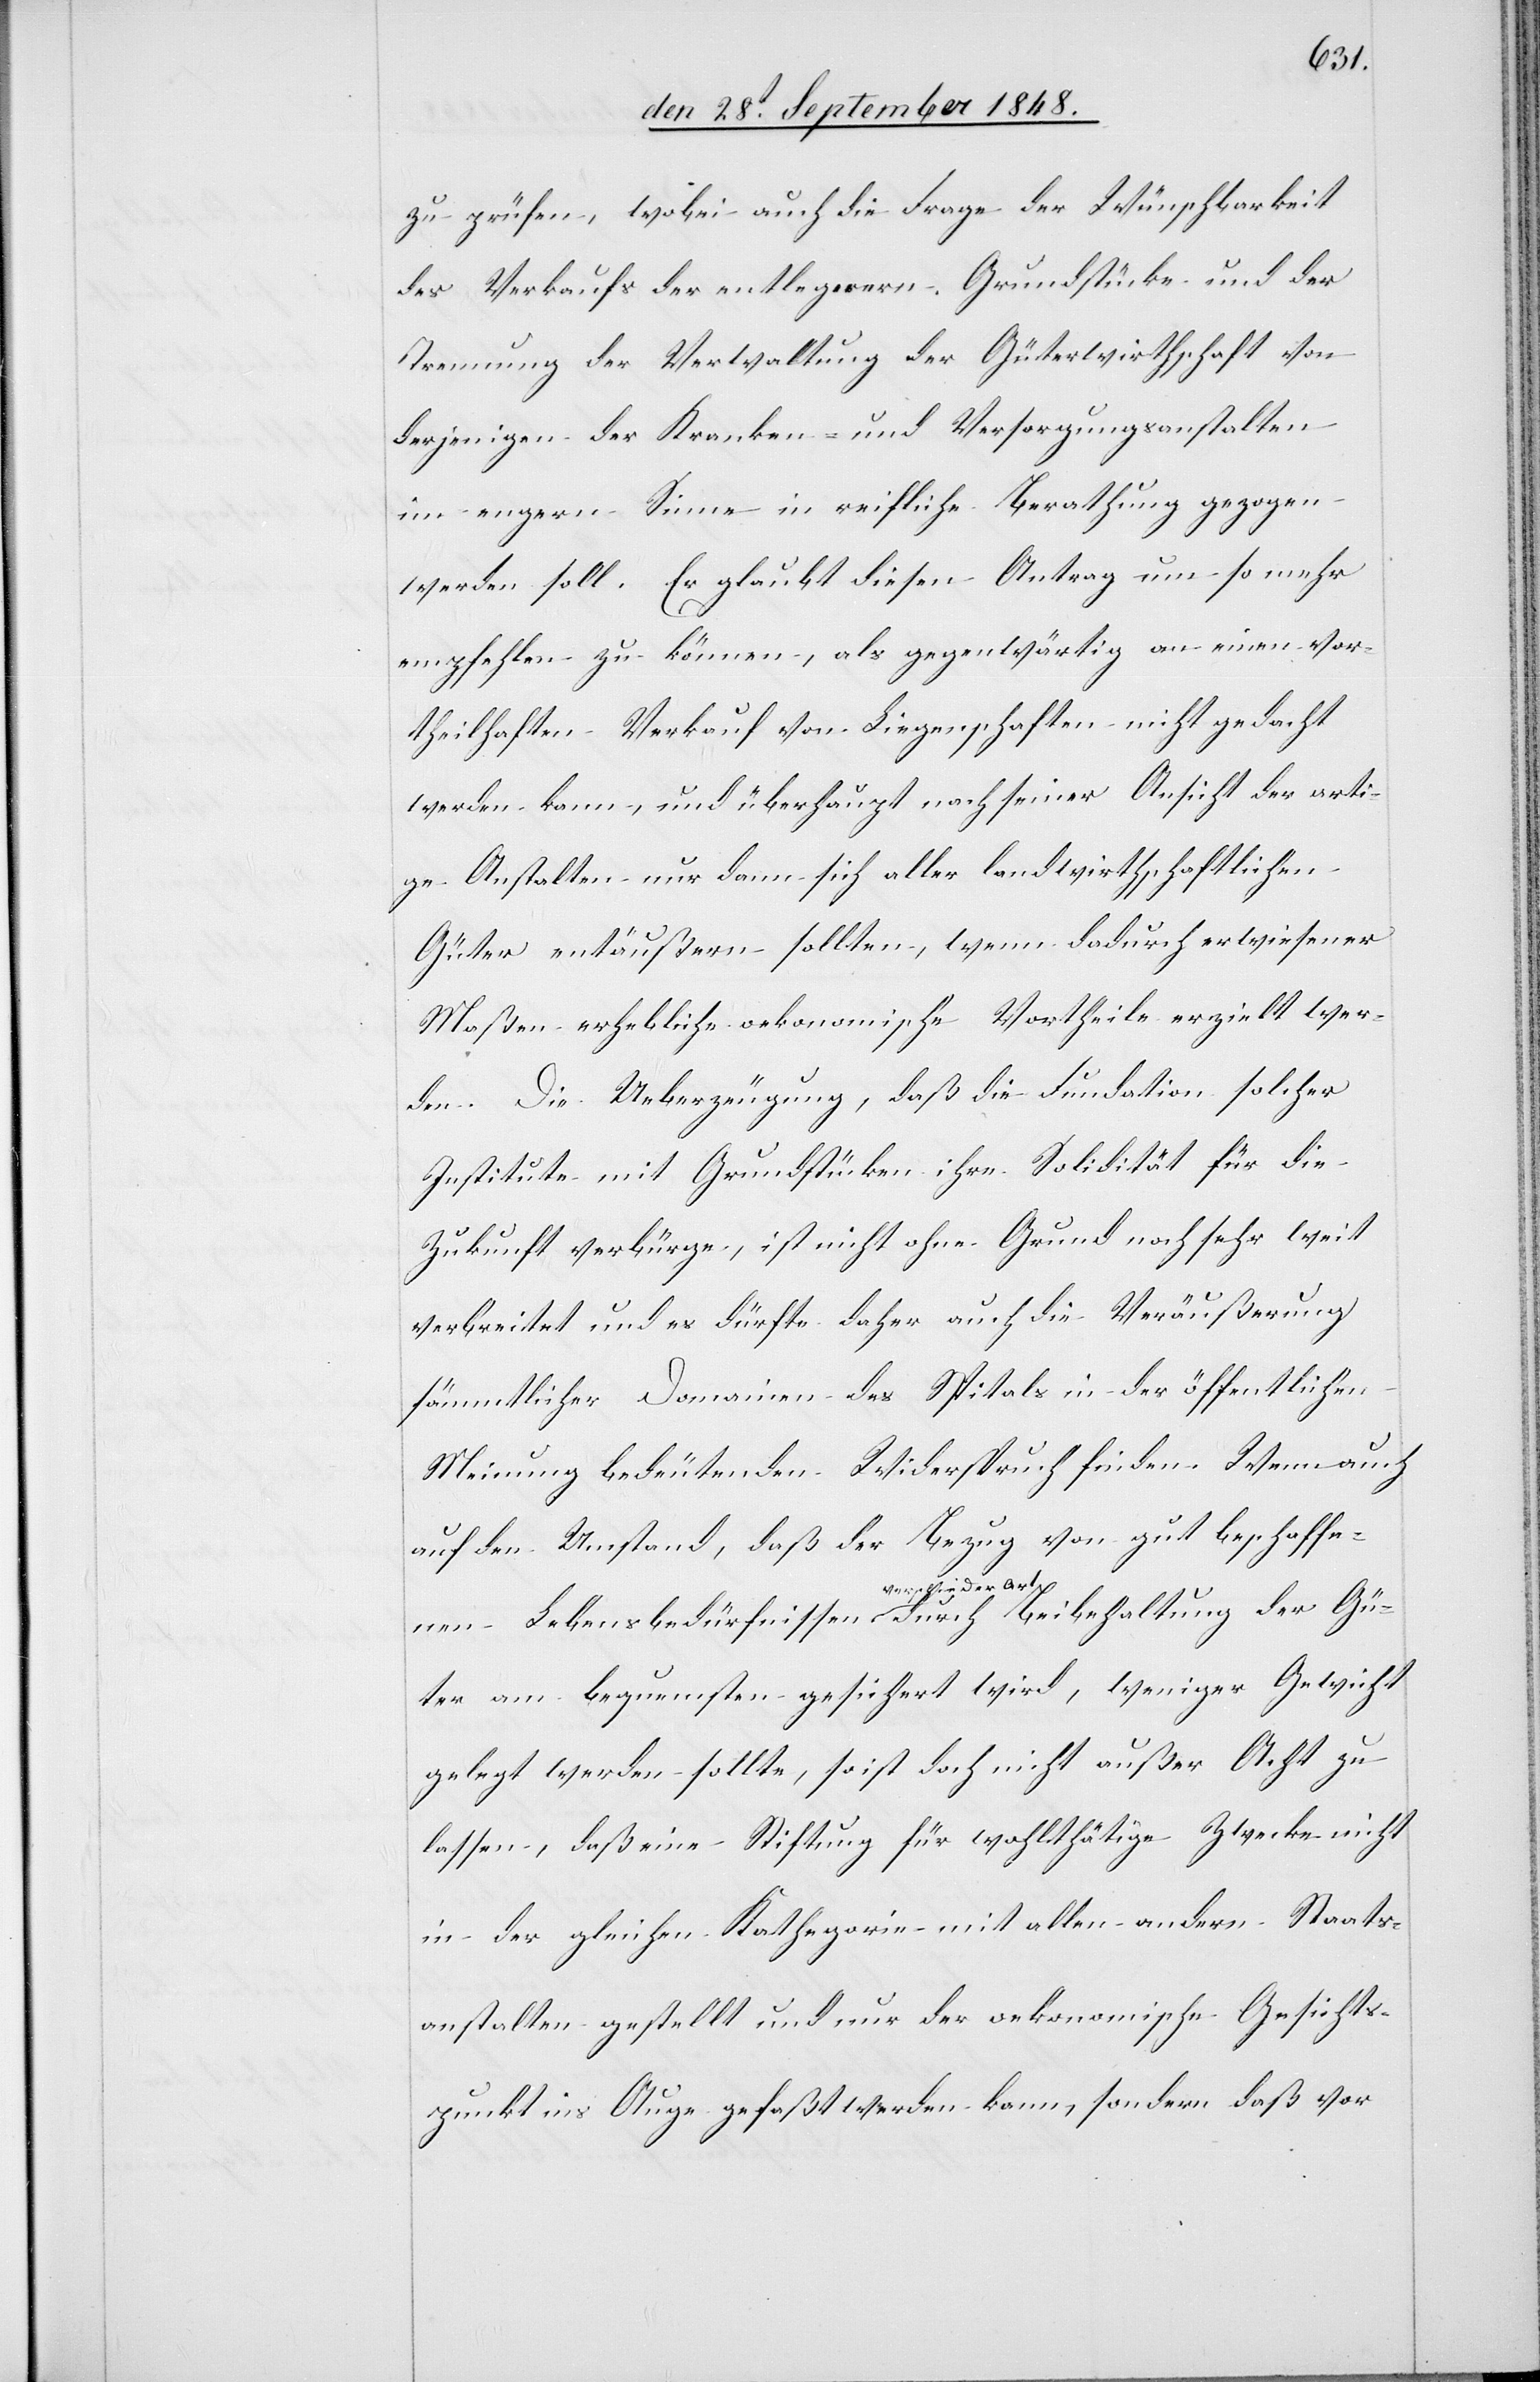
zu prüfen, wobei auch die Frage der Wünschbarkeit
des Verkaufs der entlegnern Grundstücke und der
Trennung der Verwaltung der Güterwirthschaft von
derjenigen der Kranken- und Versorgungsanstalten
im engern Sinne in reifliche Berathung gezogen
werde soll. Er glaubt diesen Antrag um so mehr
empfehlen zu können, als gegenwärtig an einen vor¬
theilhaften Verkauf von Liegenschaften nicht gedacht
werden kann, und überhaupt nach seiner Ansicht der arti¬
ge Anstalten nur dann sich aller landwirthschaftlichen
Güter entäußern sollten, wenn dadurch erwiesener
Maßen erhebliche oekonomische Vortheile erzielt wer¬
den. Die Ueberzeugung, daß die Fundation solcher
Institute mit Grundstücken ihre Solidität für die
Zukunft verbürge, ist nicht ohne Grund noch sehr weit
verbreitet und es dürfte daher auch die Veräußerung
sämmtlicher Domainen des Spitals in der öffentlichen
Meinung bedeutenden Widerspruch finden. Wenn auch
auf den Umstand, daß der Bezug von gut beschaffe¬
nen Lebensbedürfnissen verschiede[n]er Art durch
Güter am bequemsten gesichert wird, weniger Gewicht
gelegt werden sollte, so ist doch nicht außer Acht zu
lassen, daß eine Stiftung für wohlthätige Zwecke nicht
in der gleichen Kathegorie mit allen andern Staats¬
anstalten gestellt und nur der oekonomische Gesichts¬
punkt ins Auge gefaßt werden kann, sondern daß vor